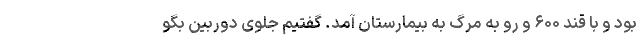
بود و با قند ۶۰۰ و رو به مرگ به بیمارستان آمد. گفتیم جلوی دوربین بگو